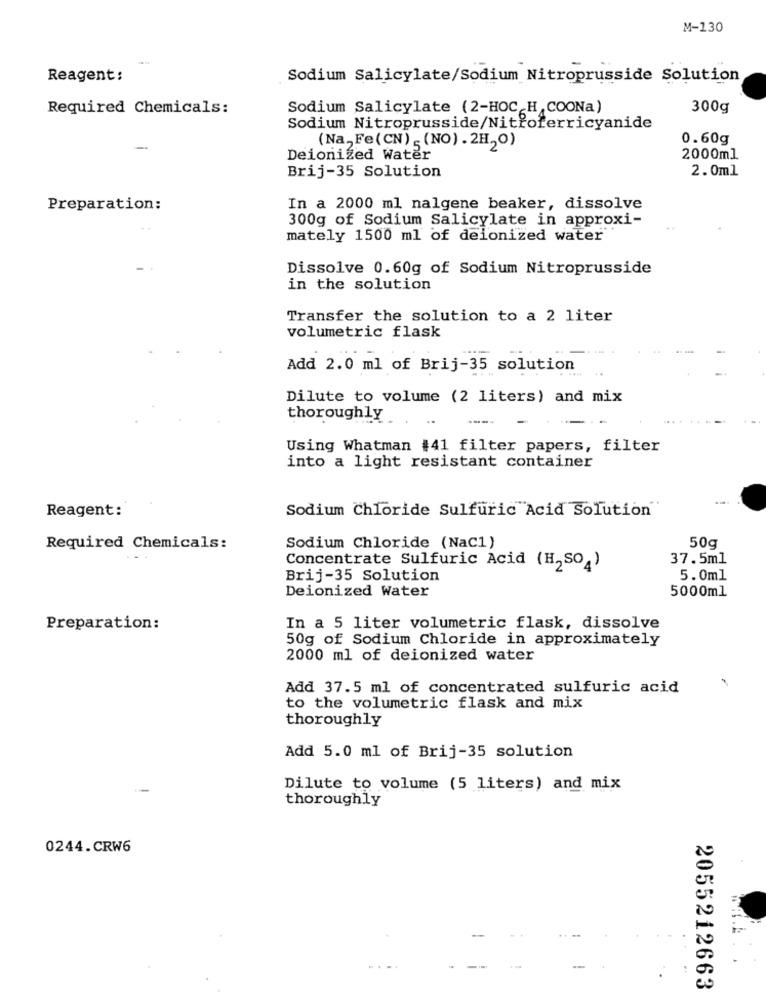
M-130
Reagent:
Sodium Salicylate/Sodium Nitroprusside Solution
Required Chemicals:
Sodium Salicylate (2-HOCH COONa)
300g
Sodium Nitroprusside/Nitroferricyanide
0.60g
(Na,Fe(CN) - (NO) . 2H20)
Deionized Water
2000ml
Brij-35 Solution
2.0ml
Preparation:
In a 2000 ml nalgene beaker, dissolve
300g of Sodium Salicylate in approxi-
mately 1500 ml of deionized water
Dissolve 0.60g of Sodium Nitroprusside
in the solution
Transfer the solution to a 2 liter
volumetric flask
Add 2.0 ml of Brij-35 solution
Dilute to volume (2 liters) and mix
thoroughly
Using Whatman #41 filter papers, filter
into a light resistant container
Reagent:
Sodium Chloride Sulfuric Acid Solution
Required Chemicals:
Sodium Chloride (Nac1)
50g
37.5ml
Concentrate Sulfuric Acid (H2SO4)
Brij-35 Solution
5.0ml
Deionized Water
5000ml
Preparation:
In a 5 liter volumetric flask, dissolve
50g of Sodium Chloride in approximately
2000 ml of deionized water
Add 37.5 ml of concentrated sulfuric acid
to the volumetric flask and mix
thoroughly
Add 5.0 ml of Brij-35 solution
Dilute to volume (5 liters) and mix
thoroughly
0244.CRW6
...
2055212663